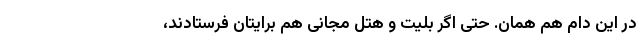
در این دام هم همان. حتی اگر بلیت و هتل مجانی هم برایتان فرستادند،